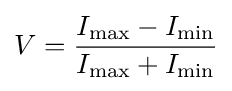
V={\frac {I_{\rm {max}}-I_{\rm {min}}}{I_{\rm {max}}+I_{\rm {min}}}}